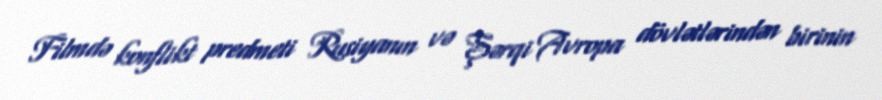
Filmdə konflikt predmeti Rusiyanın və Şərqi Avropa dövlətlərindən birinin